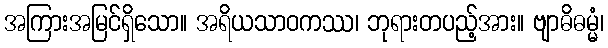
အကြားအမြင်ရှိသော။ အရိယသာဝကဿ၊ ဘုရားတပည့်အား။ ဗျာဓိဓမ္မံ၊